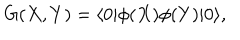
LaTeX: G ( X , Y ) = \langle 0 | \phi ( X ) \phi ( Y ) | 0 \rangle ,